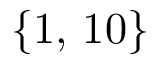
\lbrace 1 , \, 1 0 \rbrace